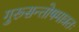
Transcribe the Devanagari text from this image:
गुरूसन्तोषमात्रतः